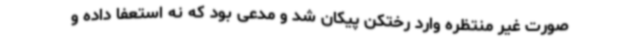
صورت غیر منتظره وارد رختکن پیکان شد و مدعی بود که نه استعفا داده و